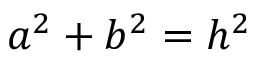
a ^ { 2 } + b ^ { 2 } = h ^ { 2 }